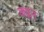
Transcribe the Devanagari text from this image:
कप्लन